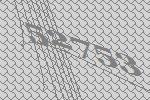
52753